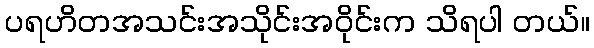
ပရဟိတအသင်းအသိုင်းအဝိုင်းက သိရပါ တယ်။